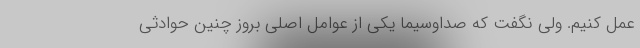
عمل کنیم. ولی نگفت که صداوسیما یکی از عوامل اصلی بروز چنین حوادثی